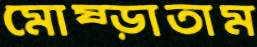
মোষ্‌ড়াতাম